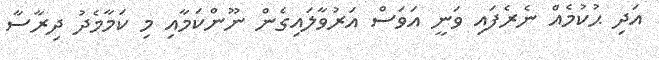
އަދި ޙުކުމެއް ނެރެފައި ވަނީ އަވަސް އަރުވާލައިގެން ނޫންކަމާއި މި ކަމާމެދު ދިރާސާ